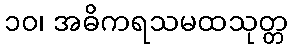
၁၀၊ အဓိကရသမထသုတ္တ